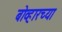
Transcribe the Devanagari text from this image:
बोव्हारच्या